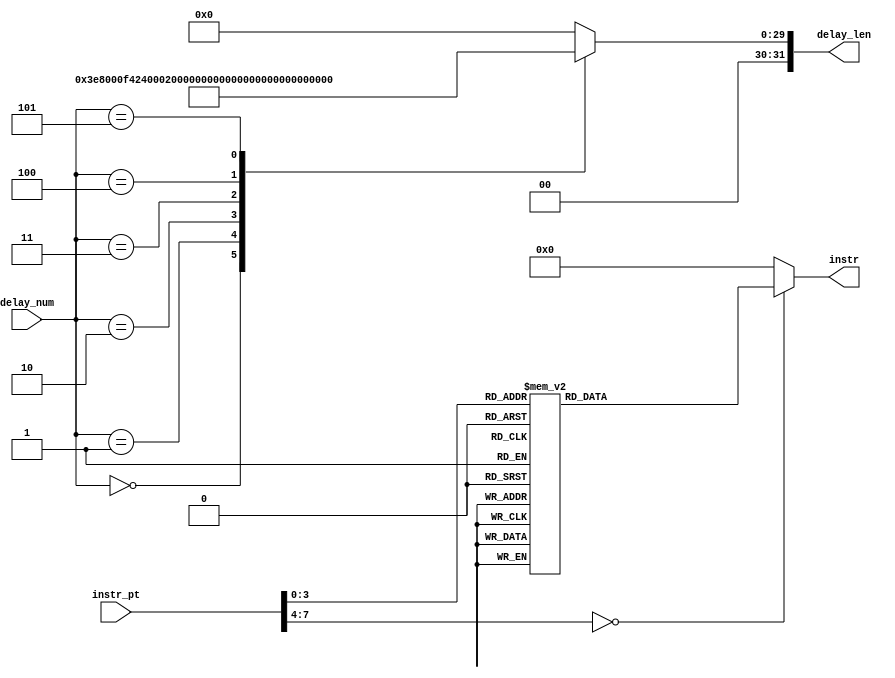

//ROM for programming, implemented via LUT
// 
module program_rom(instr_pt, instr, delay_num, delay_len);

	parameter prog_len = 14;
	parameter num_delays = 4;

	parameter DELAY = 2'b10;
	parameter DAC_UP = 2'b01;
	parameter I2C_CHK = 2'b00;
	parameter PRIV_BUS = 1'b1;
	parameter MAIN_BUS = 1'b0;
	parameter ACK = 1'b0;
	parameter NAK = 1'b1;


	input [7:0] instr_pt, delay_num;
	output reg [11:0] instr;
	output reg [31:0] delay_len; 

	always @* begin
		case(instr_pt)

			0:  instr = 12'b00_1_10000100_0;
			1:  instr = 12'b00_1_00000001_0;
			2:  instr = 12'b00_1_00001111_0;
			3:  instr = 12'b10_1_00000000_0;
			4:  instr = 12'b01_1_10001110_0;   //10100101
			
			//no reboot 6-pulse, 20 second delay
			
			5:  instr = {DELAY,   PRIV_BUS, 8'b00000101, ACK};
			6:  instr = {DAC_UP,  PRIV_BUS, 8'b00000000, ACK};
			7:  instr = {DELAY,   PRIV_BUS, 8'b00000011, ACK};
			8:  instr = {DAC_UP,  PRIV_BUS, 8'b10001110, ACK};
			//9:  instr = {DELAY,	  PRIV_BUS, 8'b00000100, ACK};
			//10: instr = {DAC_UP,  PRIV_BUS, 8'b00000000, ACK};
			//11: instr = {DELAY,   PRIV_BUS, 8'b00000011, ACK};
			//12: instr = {DAC_UP,  PRIV_BUS, 8'b10001110, ACK};
			//13: instr = {DELAY,   PRIV_BUS, 8'b00000100, ACK};
			//14: instr = {DAC_UP,  PRIV_BUS, 8'b00000000, ACK};
			//15: instr = {DELAY,   PRIV_BUS, 8'b00000011, ACK};
			//16: instr = {DAC_UP,  PRIV_BUS, 8'b10001110, ACK};
			//17: instr = {DELAY,   PRIV_BUS, 8'b00000100, ACK};
			//18: instr = {DAC_UP,  PRIV_BUS, 8'b00000000, ACK};
			//19: instr = {DELAY,   PRIV_BUS, 8'b00000011, ACK};
			//20: instr = {DAC_UP,  PRIV_BUS, 8'b10001110, ACK};
			//21: instr = {DELAY,   PRIV_BUS, 8'b00000100, ACK};
			//22: instr = {DAC_UP,  PRIV_BUS, 8'b00000000, ACK};
			//23: instr = {DELAY,   PRIV_BUS, 8'b00000011, ACK};
			//24: instr = {DAC_UP,  PRIV_BUS, 8'b10001110, ACK};
			//25: instr = {DELAY,   PRIV_BUS, 8'b00000100, ACK};
			//26: instr = {DAC_UP,  PRIV_BUS, 8'b00000000, ACK};
			//27: instr = {DELAY,   PRIV_BUS, 8'b00000011, ACK};
			//28: instr = {DAC_UP,  PRIV_BUS, 8'b10001110, ACK};
			//13: instr = {DELAY,   PRIV_BUS, 8'b00000010, ACK};
			//14: instr = {DAC_UP,  PRIV_BUS, 8'b00000000, ACK};
			
			//pulsing post-reboot
			/*
			5:  instr = 12'b00_1_10000100_0;
			6:  instr = 12'b00_1_00000111_0;
			7:  instr = 12'b00_1_01011111_0;
			8:  instr = {DELAY,   PRIV_BUS, 8'b00000001, ACK};
			9:  instr = {DAC_UP,  PRIV_BUS, 8'b10001110, ACK};
			10: instr = {I2C_CHK, PRIV_BUS, 8'b10000100, ACK};
			11: instr = {I2C_CHK, PRIV_BUS, 8'b00000011, ACK};
			12: instr = {I2C_CHK, PRIV_BUS, 8'b00000011, ACK};
			13: instr = {DELAY,   PRIV_BUS, 8'b00000010, ACK};
			14: instr = {DAC_UP,  PRIV_BUS, 8'b00000000, ACK};
			15: instr = {DELAY,   PRIV_BUS, 8'b00000011, ACK};
			16: instr = {DAC_UP,  PRIV_BUS, 8'b10001110, ACK};
			
			17: instr = {DELAY,	  PRIV_BUS, 8'b00000100, ACK};
			18: instr = {DAC_UP,  PRIV_BUS, 8'b00000000, ACK};
			19: instr = {DELAY,   PRIV_BUS, 8'b00000011, ACK};
			20: instr = {DAC_UP,  PRIV_BUS, 8'b10001110, ACK};
			*/
			/*
			21: instr = {DELAY,	  PRIV_BUS, 8'b00000100, ACK};
			22: instr = {DAC_UP,  PRIV_BUS, 8'b00000000, ACK};
			23: instr = {DELAY,   PRIV_BUS, 8'b00000011, ACK};
			24: instr = {DAC_UP,  PRIV_BUS, 8'b10001110, ACK};
			25: instr = {DELAY,	  PRIV_BUS, 8'b00000100, ACK};
			26: instr = {DAC_UP,  PRIV_BUS, 8'b00000000, ACK};
			27: instr = {DELAY,   PRIV_BUS, 8'b00000011, ACK};
			28: instr = {DAC_UP,  PRIV_BUS, 8'b10001110, ACK};
			29: instr = {DELAY,	  PRIV_BUS, 8'b00000100, ACK};
			30: instr = {DAC_UP,  PRIV_BUS, 8'b00000000, ACK};
			31: instr = {DELAY,   PRIV_BUS, 8'b00000011, ACK};
			32: instr = {DAC_UP,  PRIV_BUS, 8'b10001110, ACK};
			33: instr = {DELAY,   PRIV_BUS, 8'b00000100, ACK};
			34: instr = {DAC_UP,  PRIV_BUS, 8'b00000000, ACK};
			35: instr = {DELAY,   PRIV_BUS, 8'b00000011, ACK};
			36: instr = {DAC_UP,  PRIV_BUS, 8'b10001110, ACK};
			37: instr = {DELAY,   PRIV_BUS, 8'b00000100, ACK};
			38: instr = {DAC_UP,  PRIV_BUS, 8'b00000000, ACK};
			39: instr = {DELAY,   PRIV_BUS, 8'b00000011, ACK};
			40: instr = {DAC_UP,  PRIV_BUS, 8'b10001110, ACK};
			*/
			/*
			0:  instr = {DAC_UP, PRIV_BUS, 8'b10100101, ACK};
			1:  instr = {DELAY,  PRIV_BUS, 8'b00000011, ACK};
			1:  instr = {DAC_UP, PRIV_BUS, 8'b00000000, ACK};
			2:  instr = {DELAY,  PRIV_BUS, 8'b00000001, ACK};
			3:  instr = {DAC_UP, PRIV_BUS, 8'b10100101, ACK};
			4:  instr = {DELAY,  PRIV_BUS, 8'b00000011, ACK};
			5:  instr = {DAC_UP, PRIV_BUS, 8'b00000000, ACK};
			6:  instr = {DELAY,  PRIV_BUS, 8'b00000001, ACK};
			7:  instr = {DAC_UP, PRIV_BUS, 8'b10100101, ACK};
			8:  instr = {DELAY,  PRIV_BUS, 8'b00000011, ACK};
			9:  instr = {DAC_UP, PRIV_BUS, 8'b00000000, ACK};
			10: instr = {DELAY,  PRIV_BUS, 8'b00000001, ACK};
			11: instr = {DAC_UP, PRIV_BUS, 8'b10100101, ACK};
			*/


			//1.17V = 11100001


			//8:  instr = 12'b10_1_00000001_0;
			//9:  instr = 12'b01_1_11111111_0;
			//5:  instr = 12'b10_1_00000001_0;
			//6:  instr = 12'b01_1_11111111_0;
			//1000 0100
			//0000 0111
			//0101 1111
			//10ms delay = (10^6) * 10ns, delay = 10^6(dec) = 0xF4240 

			/*
			5:  instr = 12'b00_1_10100100_0;
			6:  instr = 12'b00_1_00100000_0;
			7:  instr = 12'b00_1_10101010_0;
			8:  instr = 12'b10_1_00000001_0;
			9:  instr = 12'b01_1_11111000_0;
			10: instr = 12'b10_1_00000010_0;
			11: instr = 12'b01_1_11111000_0;
			12: instr = 12'b10_1_00000011_0;
			13: instr = 12'b01_1_11111111_0;
			*/
			default: instr = 0;
		endcase

		case(delay_num)
			0: delay_len = 32'h00000FA0;
			//0x1f40
			//1: delay_len = 32'h00000005;
			1: delay_len = 32'h000F4240;  
			//1: delay_len = 32'h00093378;
			2: delay_len = 32'h000665AC; //6a720 //b3b0
			3: delay_len = 32'h00000040; //F
			4: delay_len = 32'h00000060;
			5: delay_len = 32'h3B9AC9D4;
			default: delay_len = 0;
		endcase
	end

	//20 s = 05F5E100
	//AEBA  = right @ first rise
	//0xAF32 = delay to first rise + 2 uS 
	//67E58 = right at second rise
	//reboot gap to second dip = 6a720
	//distance to small third power dip = 6EF64

endmodule